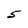
Character: 5